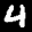
Label: 4